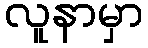
လူနာမှာ